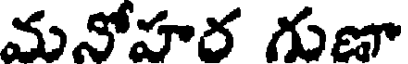
మనోహర గుణా